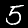
Label: 5